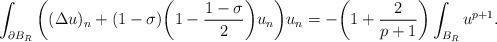
LaTeX: \begin{align*}\int_{\partial B_R}\bigg((\Delta u)_n+(1-\sigma)\bigg(1-\dfrac{1-\sigma}{2}\bigg)u_n\bigg)u_n=-\bigg(1+\dfrac{2}{p+1}\bigg)\int_{B_R} u^{p+1}.\end{align*}